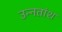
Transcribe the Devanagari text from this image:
उन्‍नतांश